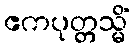
ဧကပုတ္တသ္မိံ